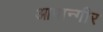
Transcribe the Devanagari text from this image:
आपान्गीर